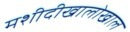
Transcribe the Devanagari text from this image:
मशीदीखालोखाल